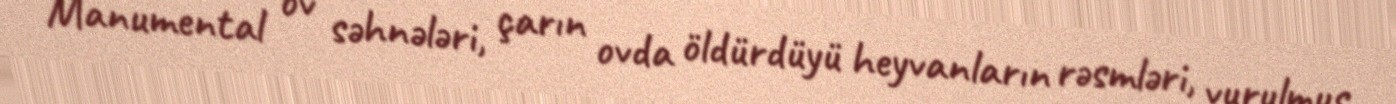
Manumental ov səhnələri, çarın ovda öldürdüyü heyvanların rəsmləri, vurulmuş